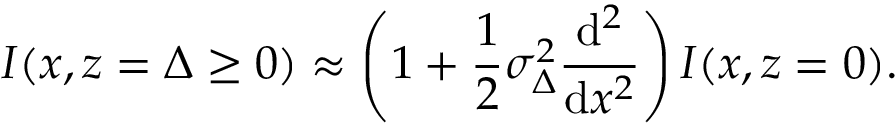
I ( x , z = \Delta \ge 0 ) \approx \left( 1 + \frac { 1 } { 2 } \sigma _ { \Delta } ^ { 2 } \frac { \mathrm { d } ^ { 2 } } { \mathrm { d } x ^ { 2 } } \right) I ( x , z = 0 ) .